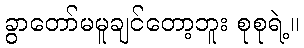
ခွာတော်မမူချင်တော့ဘူး စုစုရဲ့။